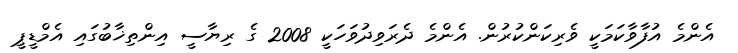
އެންމެ އުފާވާކަމަކީ ވެރިކަންކުރުން. އެންމެ ދެރަވިދުވަހަކީ 2008 ގެ ރިޔާސީ އިންތިޚާބުގައި އެމްޑީޕީ